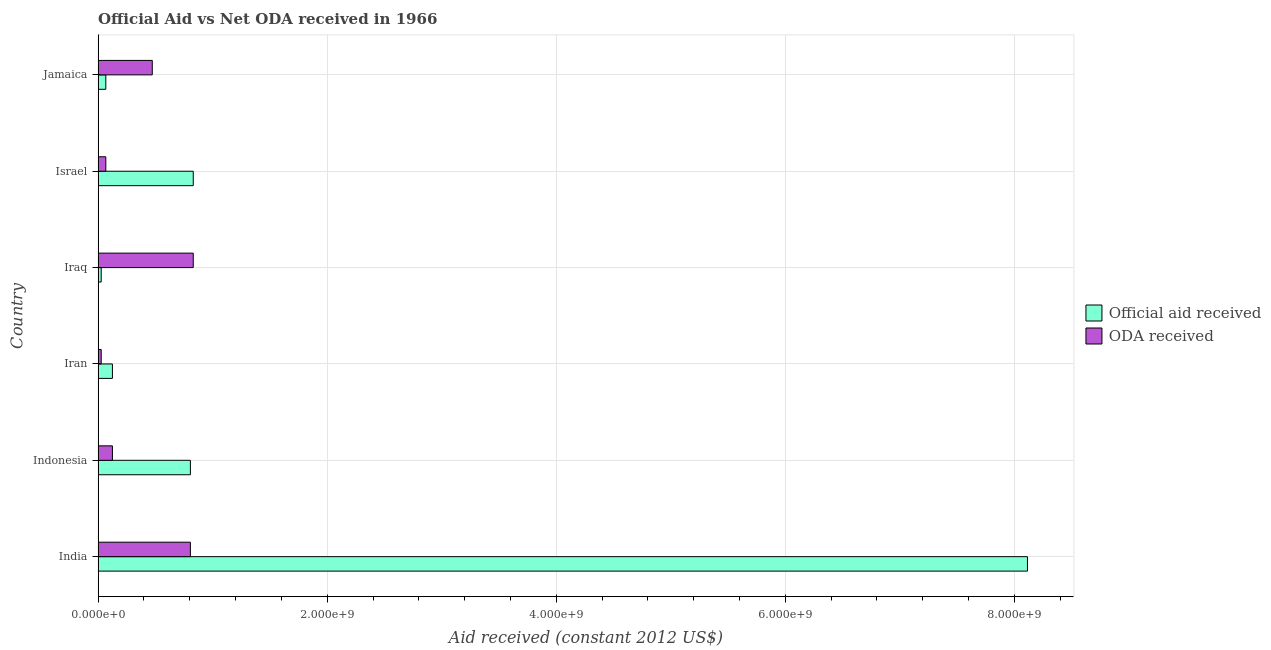
| Country | Official aid received | ODA received |
 | --- | --- | --- |
 | India | 8.11e+09 | 8.06e+08 |
 | Indonesia | 8.06e+08 | 1.25e+08 |
 | Iran | 1.25e+08 | 2.7e+07 |
 | Iraq | 2.7e+07 | 8.31e+08 |
 | Israel | 8.31e+08 | 6.71e+07 |
 | Jamaica | 6.71e+07 | 4.73e+08 |